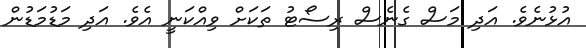
އުޅުނެވެ. އަދި މަސް ގެނެސް ރިސޯޓު ތަކަށް ވިއްކަނީ އެވެ. އަދި މަޑުމަޑުން